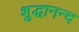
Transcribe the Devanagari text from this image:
शुद्धानन्द